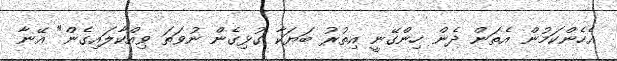
އެހެންކަމުން އެތަން ދެން ހިންގޭނީ އިތުރު ބަޔަކާ ގުޅިގެން ނުވަތަ ވިއްކާލައިގެން" އޭނާ